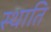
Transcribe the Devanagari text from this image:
स्थाति